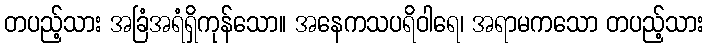
တပည့်သား အခြံအရံရှိကုန်သော။ အနေကသပရိဝါရေ၊ အရာမကသော တပည့်သား